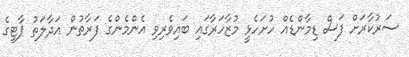
ސަރުކާރަށް ފަސް ޑިމާންޑެއް ހުށަހެޅީ މުޒާހަރާގައި ބައިވެރިވި އެންމެންގެ ފަރާތުން އަދާލަތު ޕާޓީގެ